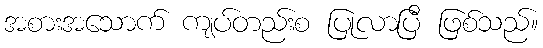
အစားအသောက် ကျပ်တည်းစ ပြုလာပြီ ဖြစ်သည်။